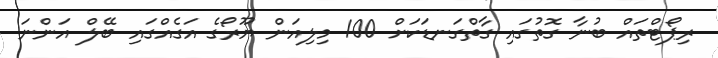
ރިޕޯޓްތައް ބުނާ ގޮތުގައި ގާތްގަނޑަކަށް 100 މިލިއަން ޔޫރޯގެ އަގެއްގައި ބޭލް އަންނަ